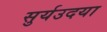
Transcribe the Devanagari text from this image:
सुर्यउदया